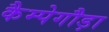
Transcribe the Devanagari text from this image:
कैम्पेगौड़ा